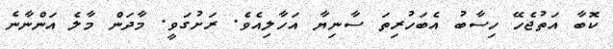
ކޮބާ އަތުޖެހޭ ހިސާބު އެބަހުރިތަ ސާނިޔާ އަހާލިއެވެ. ރަށުގަވީ. މާދަން މާލެ އަންނާނެ